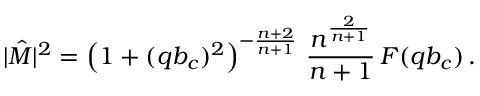
| \hat { \cal M } | ^ { 2 } = \left( 1 + ( q b _ { c } ) ^ { 2 } \right) ^ { - \frac { n + 2 } { n + 1 } } \, \frac { n ^ { \frac { 2 } { n + 1 } } } { n + 1 } \, F ( q b _ { c } ) \, .